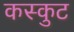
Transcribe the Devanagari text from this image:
कस्कुट